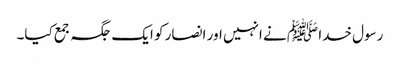
رسول خدا ﷺ نے انہیں اور انصار کو ایک جگہ جمع کیا۔